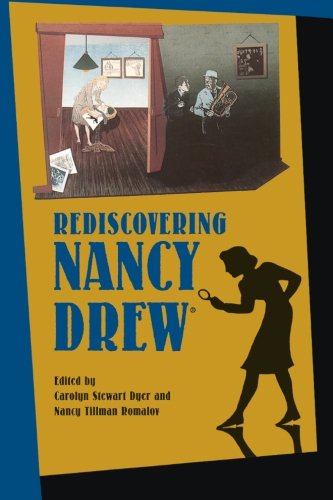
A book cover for Rediscovering Nancy Drew; Mystery, Thriller & Suspense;